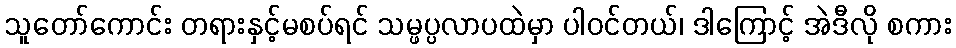
သူတော်ကောင်း တရားနှင့်မစပ်ရင် သမ္ဖပ္ပလာပထဲမှာ ပါဝင်တယ်၊ ဒါကြောင့် အဲဒီလို စကား